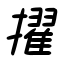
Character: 擢